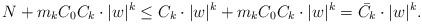
LaTeX: \begin{align*}N+m_{k}C_{0}C_{k}\cdot|w|^{k}\le C_{k}\cdot|w|^{k}+m_{k}C_{0}C_{k}\cdot|w|^{k}=\bar{C_k}\cdot|w|^k. \end{align*}